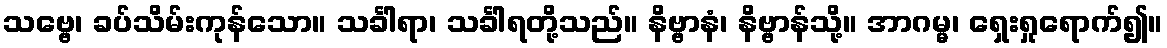
သဗ္ဗေ၊ ခပ်သိမ်းကုန်သော။ သင်္ခါရာ၊ သင်္ခါရတို့သည်။ နိဗ္ဗာနံ၊ နိဗ္ဗာန်သို့။ အာဂမ္မ၊ ရှေးရှုရောက်၍။